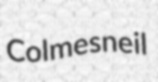
Colmesneil